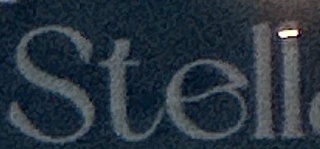
Stell